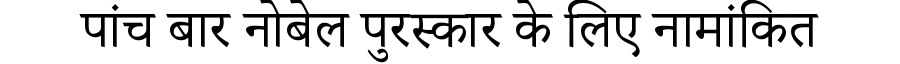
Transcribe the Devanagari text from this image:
पांच बार नोबेल पुरस्कार के लिए नामांकित